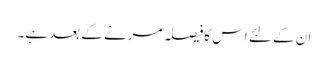
ان کے لئے اس کافیصلہ مرنے کے بعد ہے۔